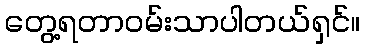
တွေ့ရတာဝမ်းသာပါတယ်ရှင်။